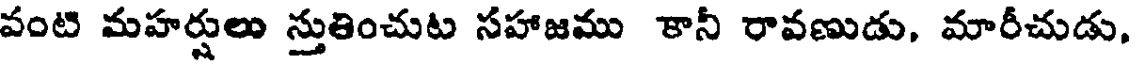
వంటి మహర్షులు స్తుతించుట సహాజము కానీ రావణుడు, మారీచుడు,